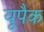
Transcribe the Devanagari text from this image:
यूपैक